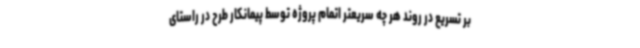
بر تسریع در روند هر چه سریعتر اتمام پروژه توسط پیمانکار طرح در راستای